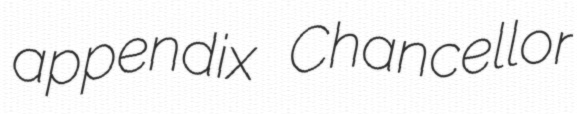
appendix Chancellor